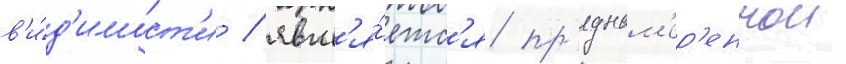
в'и́д'имост'и / явл'я́етс'я пр'еднам'ер'еннои